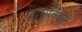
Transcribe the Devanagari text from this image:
जामुनिया